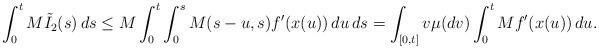
LaTeX: \begin{align*}\int_0^t M\tilde{I}_2(s)\,ds \leq M\int_0^t \int_{0}^s M(s-u,s)f'(x(u))\,du \,ds = \int_{[0,t]} v \mu(dv) \int_0^t Mf'(x(u))\,du.\end{align*}